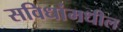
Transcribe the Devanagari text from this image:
सविधांमधील